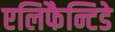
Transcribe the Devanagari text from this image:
एलिफैन्टिडे